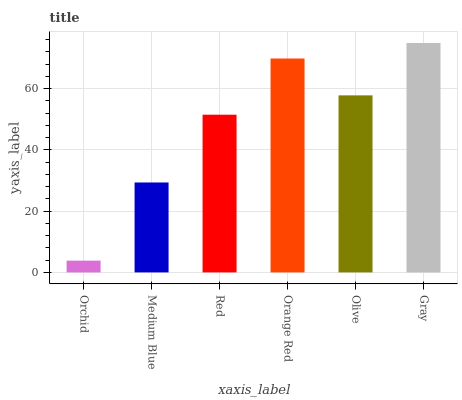
| xaxis_label | bars |
 | --- | --- |
 | Orchid | 3.84 |
 | Medium Blue | 29.3 |
 | Red | 51.5 |
 | Orange Red | 69.8 |
 | Olive | 57.8 |
 | Gray | 74.9 |